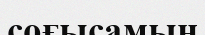
соғысамын